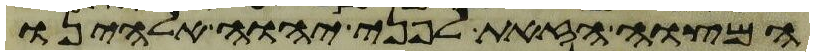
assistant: המצוה הזאת לפני יהוה אלהינו